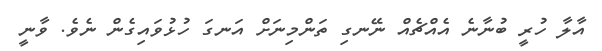
އާލާ ހުރީ ބުނާނެ އެއްޗެއް ނޭނގި ތަންމިނަށް އަނގަ ހުޅުވައިގެން ނެވެ. ވާނީ